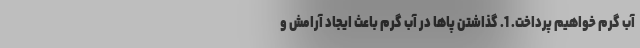
آب گرم خواهیم پرداخت. 1. گذاشتن پاها در آب گرم باعث ایجاد آرامش و